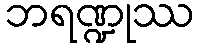
ဘရဏ္ဍုဿ